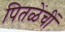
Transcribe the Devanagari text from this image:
पितळेंचीं